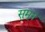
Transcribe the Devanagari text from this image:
सुमून